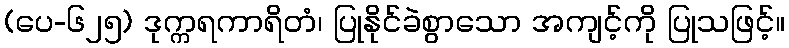
(ပေ-၆၂၅) ဒုက္ကရကာရိတံ၊ ပြုနိုင်ခဲစွာသော အကျင့်ကို ပြုသဖြင့်။